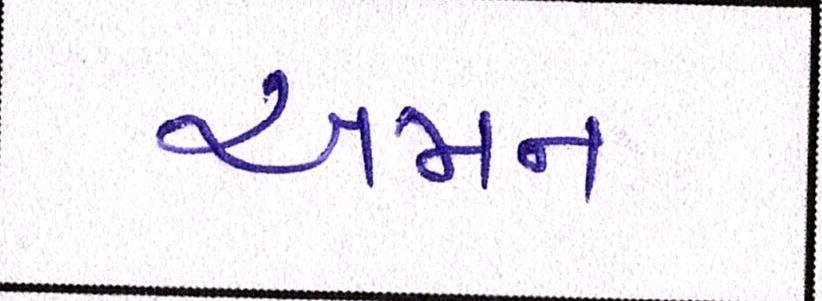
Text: અમન